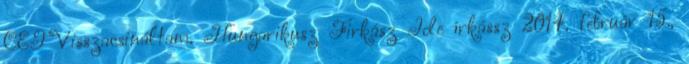
CET Visszacsináltam. Hungarikusz Firkász Ide írkássz 2014. február 15.,